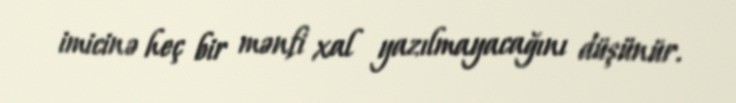
imicinə heç bir mənfi xal yazılmayacağını düşünür.